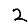
Digit: 2